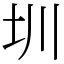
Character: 圳